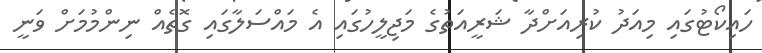
ހައިކޯޓުގައި މިއަދު ކުރިއަށްދާ ޝަރީއަތުގެ މަޖިލީހުގައި އެ މައްސަލާގައި ގޮތެއް ނިންމުމަށް ވަނީ